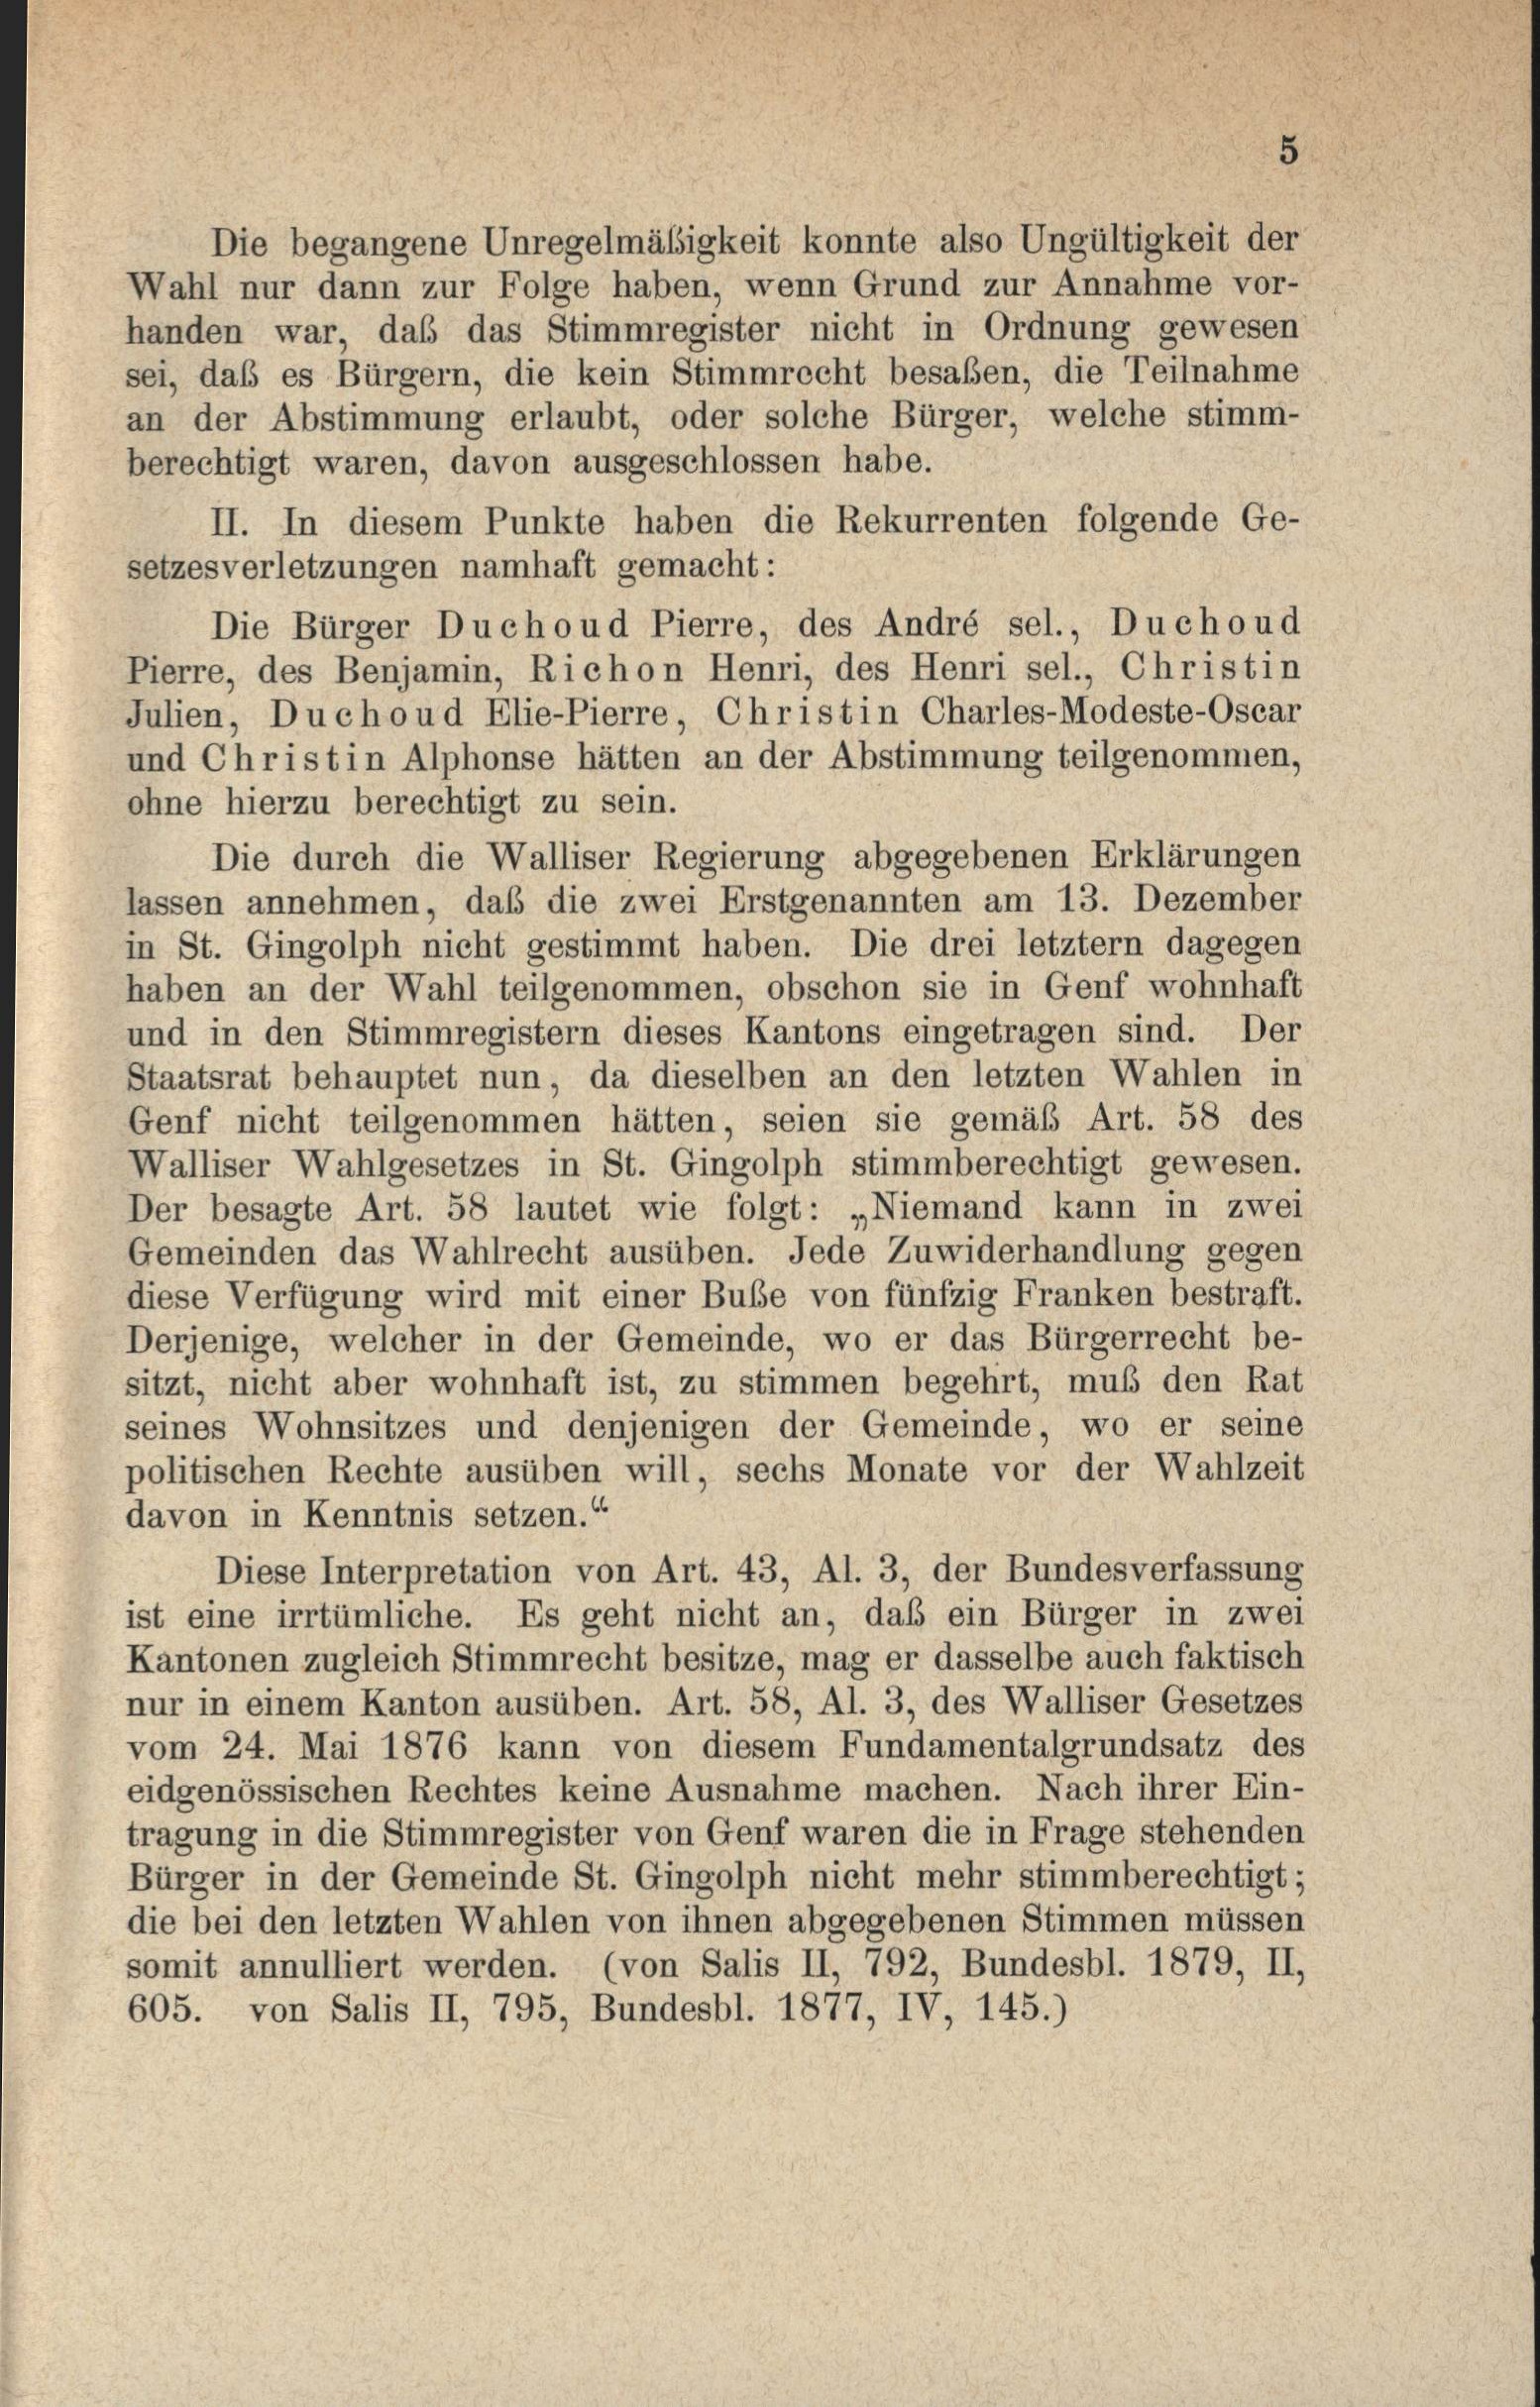
Die begangene Unregelmäßigkeit konnte also Ungültigkeit der
Wahl nur dann zur Folge haben, wenn Grund zur Annahme vor-
handen war, daß das Stimmregister nicht in Ordnung gewesen
sei, daß es Bürgern, die kein Stimmrecht besaßen, die Teilnahme
an der Abstimmung erlaubt, oder solche Bürger, welche stimm-
berechtigt waren, davon ausgeschlossen habe.
II. In diesem Punkte haben die Rekurrenten folgende Ge-
setzesverletzungen namhaft gemacht:
Die Bürger Duchoud Pierre, des André sel., Duchoud
Pierre, des Benjamin, Richon Henri, des Henri sel., Christin
Julien, Duchoud Elie-Pierre, Christ in Charles-Modeste-Oscar
und Christ in Alphonse hätten an der Abstimmung teilgenommen,
ohne hierzu berechtigt zu sein.
Die durch die Walliser Regierung abgegebenen Erklärungen
lassen annehmen, daß die zwei Erstgenannten am 13. Dezember
in St. Gingolph nicht gestimmt haben. Die drei letztem dagegen
haben an der Wahl teilgenommen, obschon sie in Genf wohnhaft
und in den Stimmregistern dieses Kantons eingetragen sind. Der
Staatsrat behauptet nun, da dieselben an den letzten Wahlen in
Genf nicht teilgenommen hätten, seien sie gemäß Art. 58 des
Walliser Wahlgesetzes in St. Gingolph stimmberechtigt gewesen.
Der besagte Art. 58 lautet wie folgt: „Niemand kann in zwei
Gemeinden das Wahlrecht ausüben. Jede Zuwiderhandlung gegen
diese Verfügung wird mit einer Bube von fünfzig Franken bestraft.
Derjenige, welcher in der Gemeinde, wo er das Bürgerrecht be-
sitzt, nicht aber wohnhaft ist, zu stimmen begehrt, muß den Rat
seines Wohnsitzes und denjenigen der Gemeinde, wo er seine
politischen Rechte ausüben will, sechs Monate vor der Wahlzeit
davon in Kenntnis setzen.“
Diese Interpretation von Art. 43, Al. 3, der Bundesverfassung
ist eine irrtümliche. Es geht nicht an, daß ein Bürger in zwei
Kantonen zugleich Stimmrecht besitze, mag er dasselbe auch faktisch
nur in einem Kanton ausüben. Art. 58, Al. 3, des Walliser Gesetzes
vom 24. Mai 1876 kann von diesem Fundamentalgrundsatz des
eidgenössischen Rechtes keine Ausnahme machen. Nach ihrer Ein-
tragung in die Stimmregister von Genf waren die in Frage stehender
Bürger in der Gemeinde St. Gingolph nicht mehr stimmberechtigt:
die bei den letzten Wahlen von ihnen abgegebenen Stimmen müssen
somit annulliert werden. (von Salis II, 792, Bundesbl. 1879, II,
605. von Salis II, 795, Bundesbl. 1877, IV, 145.)